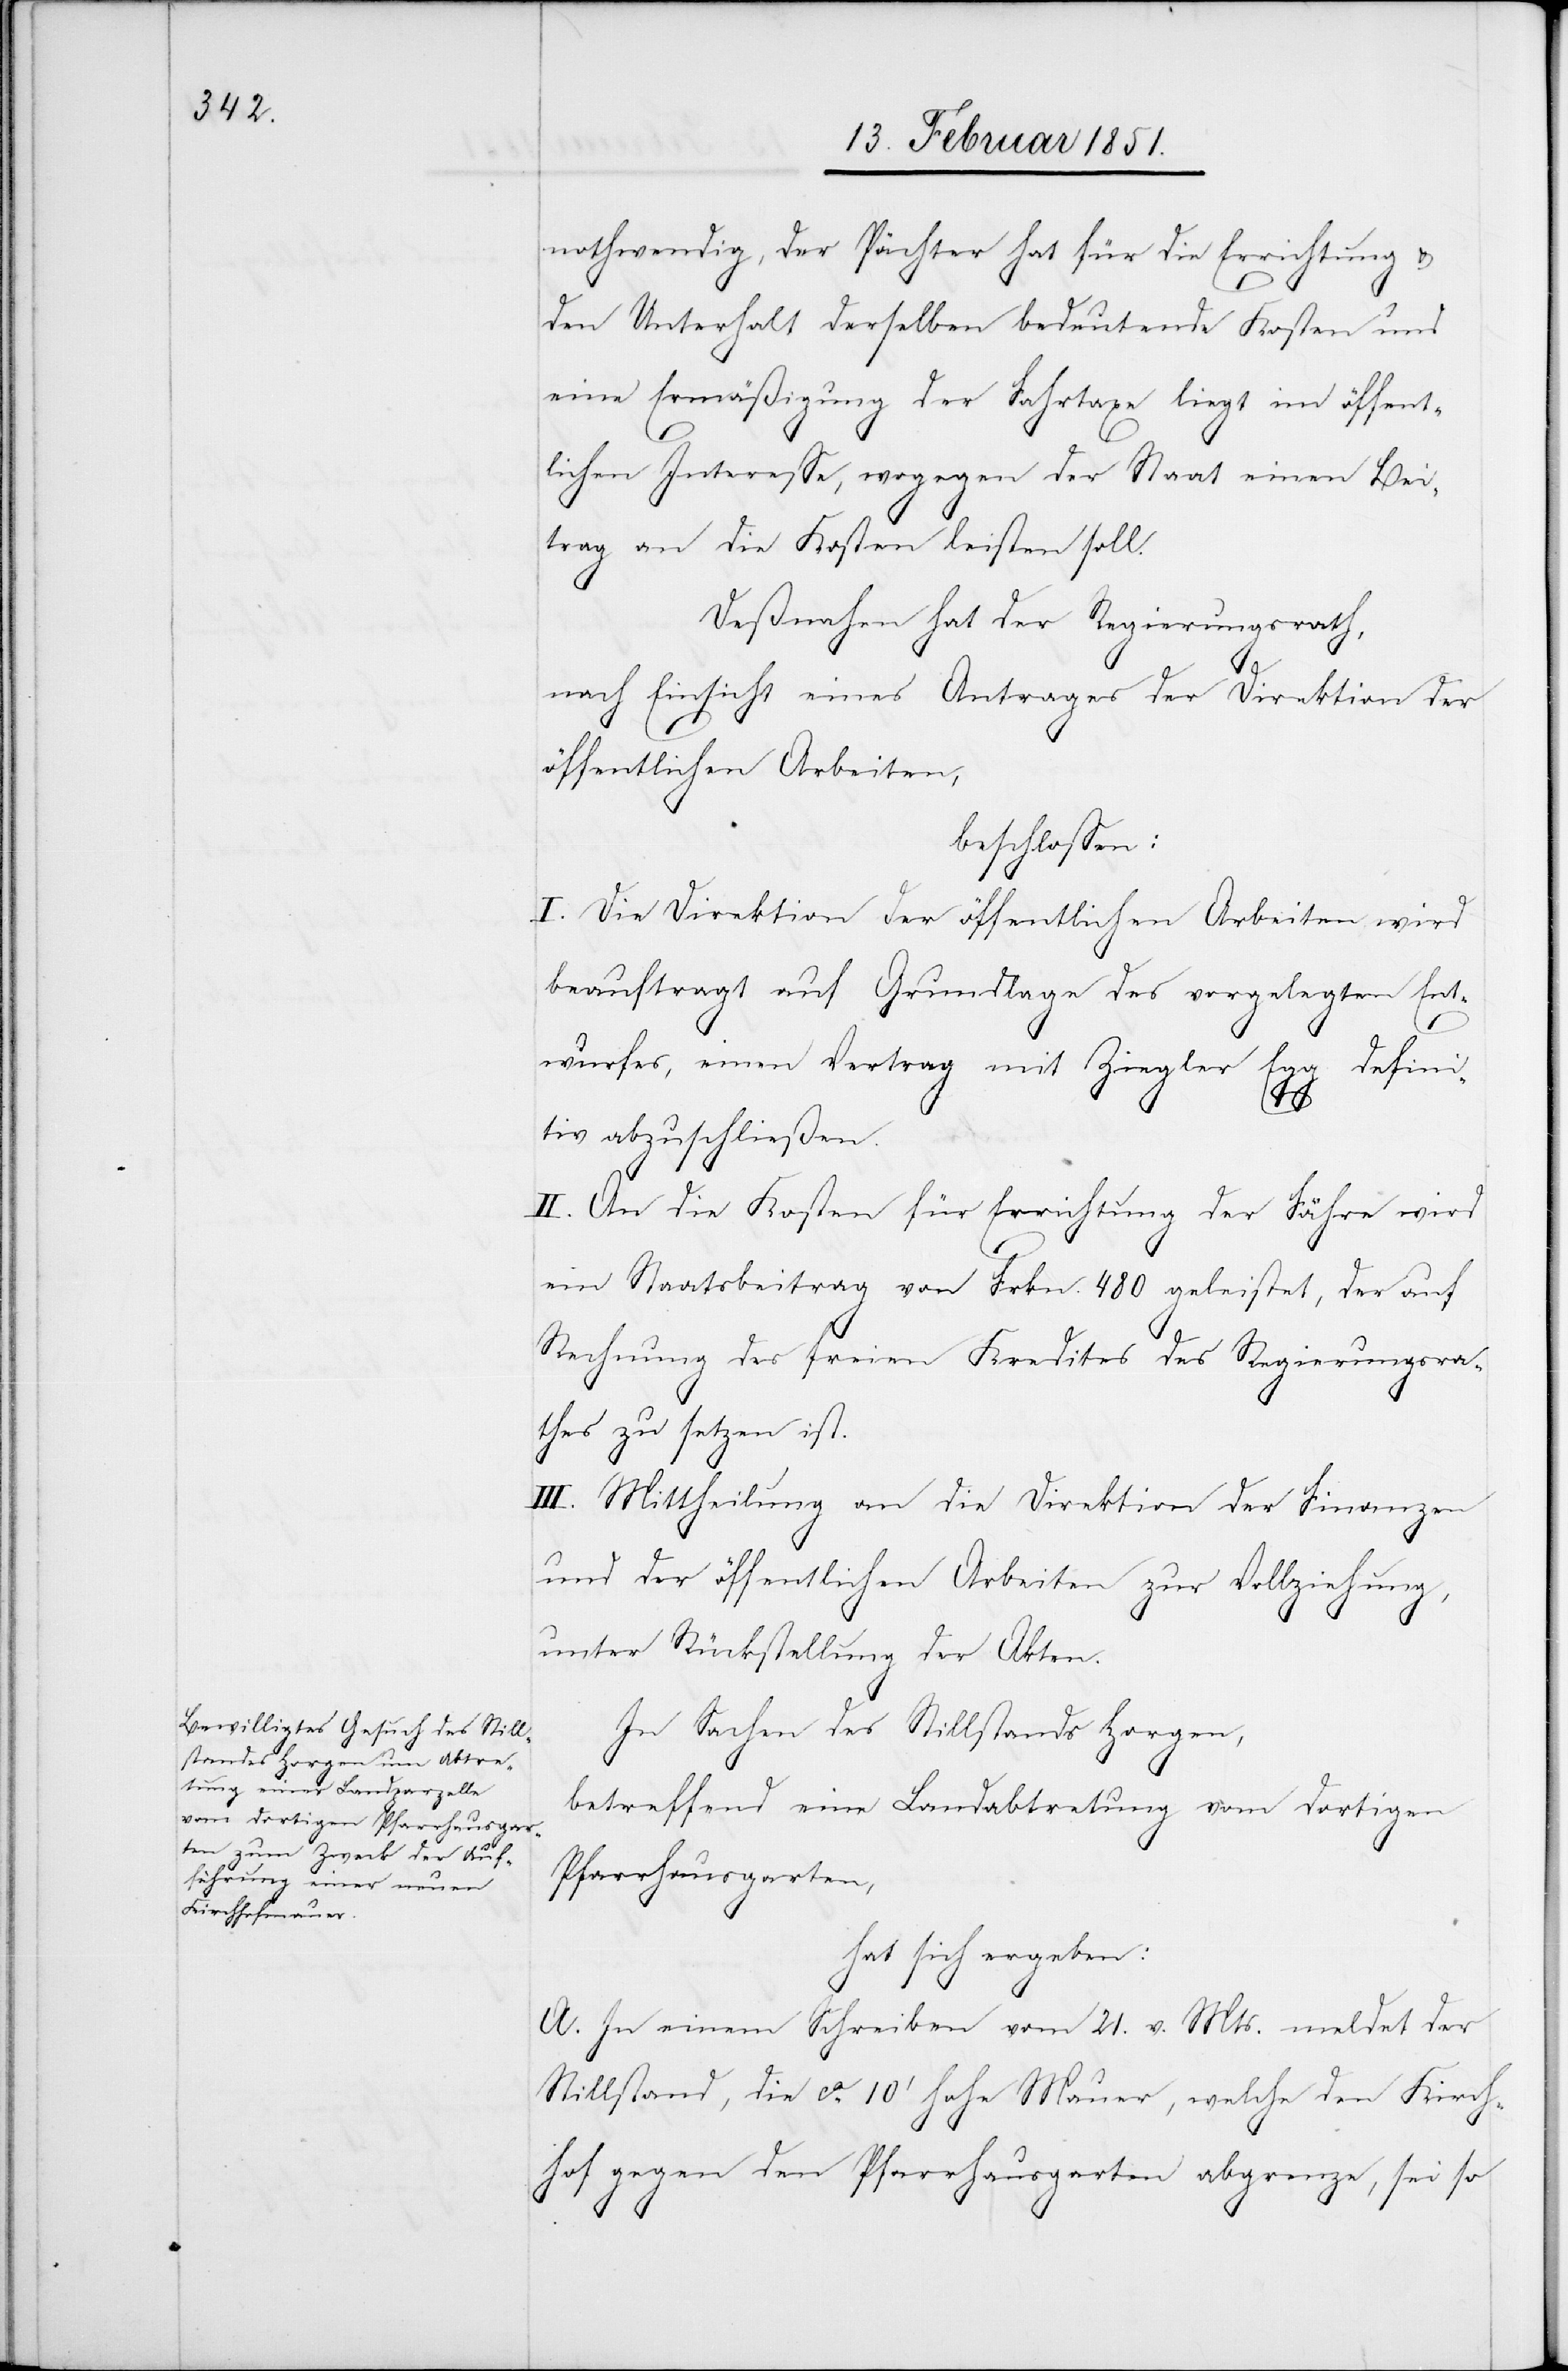
nothwendig, der Pächter hat für die Errichtung &
den Unterhalt derselben bedeutende Kosten und
eine Ermäßigung der Fahrtaxe liegt im öffent¬
lichen Interesse, wogegen der Staat einen Bei¬
trag an die Kosten leisten soll.
Deßnahen hat der Regierungsrath,
nach Einsicht eines Antrages der Direktion der
öffentlichen Arbeiten,
beschlossen:
I. Die Direktion der öffentlichen Arbeiten wird
beauftragt auf Grundlage des vorgelegten Ent¬
wurfes, einen Vertrag mit Ziegler Egg defini¬
tiv abzuschließen.
II. An die Kosten für Errichtung der Fähre wird
ein Staatsbeitrag von Frkn. 480 geleistet, der auf
Rechnung des freien Kredites des Regierungsra¬
thes zu setzen ist.
III. Mittheilung an die Direktion der Finanzen
und der öffentlichen Arbeiten zur Vollziehung,
unter Rückstellung der Akten.
In Sachen des Stillstands Horgen,
betreffend eine Landabtretung vom dortigen
Pfarrhausgarten,
hat sich ergeben:
A. In einem Schreiben vom 21. v. Mts. meldet der
Stillstand, die ca. 10‘ hohe Mauer, welche den Kirch¬
hof gegen den Pfarrhausgarten abgrenze, sei so